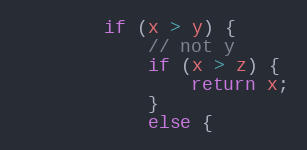
Language: Java
        if (x > y) {
            // not y
            if (x > z) {
                return x;
            }
            else {